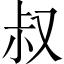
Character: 叔